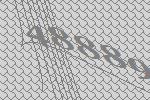
48889